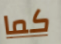
كما